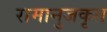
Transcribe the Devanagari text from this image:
रामानुजकृत